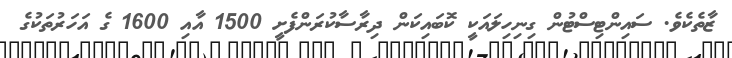
ޒާތެކެވެ. ސައިންޓިސްޓުން ގިނިހިލައަކީ ކޮބައިކަން ދިރާސާކުރަންފެށީ 1500 އާއި 1600 ގެ އަހަރުތަކުގެ